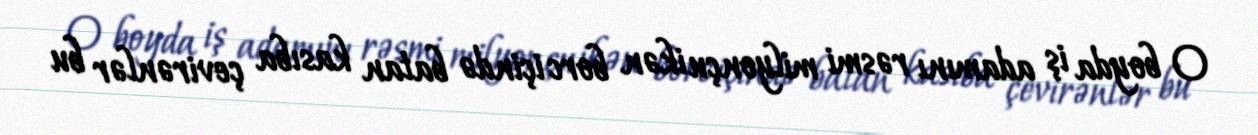
O boyda iş adamını rəsmi milyonçu ikən borc içində batan kasıba çevirənlər bu